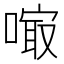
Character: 𠻕